Vaccine operations Central Provinces & Berar 1922-1929 - 1922-1929
Year: 1922
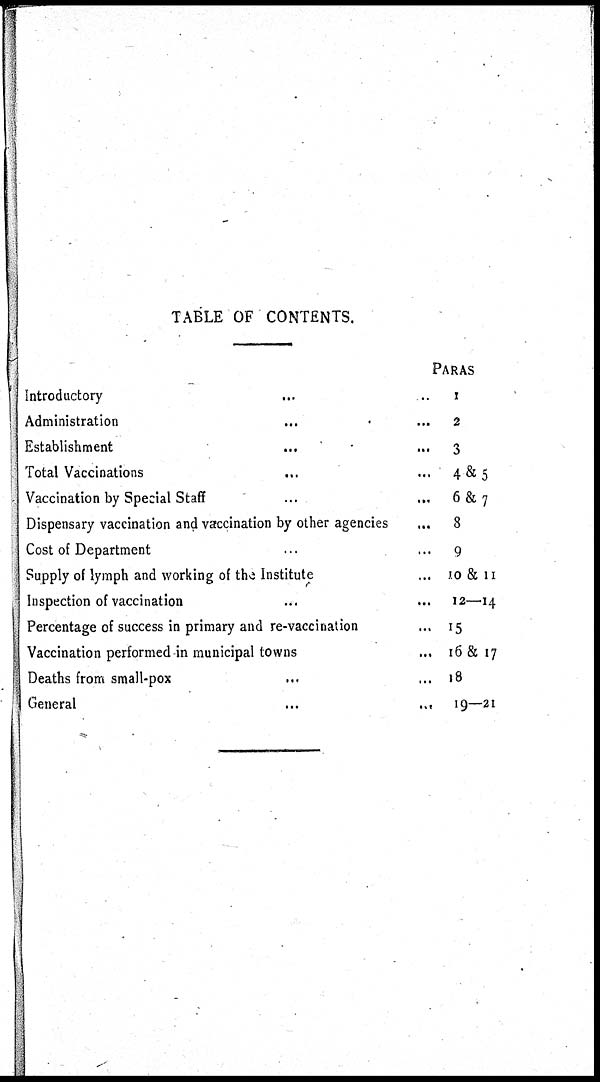
TABLE OF CONTENTS.
Introductory... ..
Administration... ...
Establishment... ...
Total Vaccinations... ...
Vaccination by Special Staff... ...
Dispensary vaccination and vaccination by other agencies...
Cost of Department... ...
Supply of lymph and working of the Institute... ...
Inspection of vaccination... ...
Percentage of success in primary and re-vaccination... ...
Vaccination performed in municipal towns... ...
Deaths from small-pox... ...
General...
...
PARAS
1
2
3
4&5
6&7
8
9
10 & 11
12—14
15
16 & 17
18
19—21